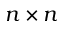
n \times n